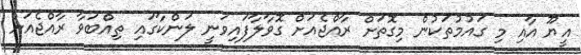
އީޔޫ އާއި މި ގައުމުތަކުން މިގޮތަށް ރާއްޖެއަށް ގޮވާލާފައިވަނީ ލަންކާގައި ތިއްބަވާ ރާއްޖެއަށް